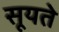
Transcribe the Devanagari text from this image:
सूयते